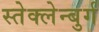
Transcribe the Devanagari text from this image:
स्तेक्लेन्बुर्ग